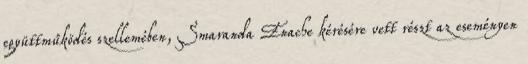
együttműködés szellemében, Smaranda Enache kérésére vett részt az eseményen